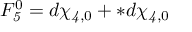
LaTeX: F _ { \it 5 } ^ { 0 } = d \chi _ { { \it 4 } , 0 } + * d \chi _ { { \it 4 } , 0 }